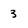
Character: 3